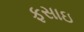
ફસાઇ